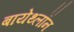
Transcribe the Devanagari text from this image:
बायेथ्लॉन